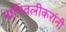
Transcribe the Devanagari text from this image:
मानिवलीकरांनी